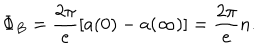
\Phi _ { B } = \frac { 2 \pi } e \left[ a ( 0 ) - a ( \infty ) \right] = \frac { 2 \pi } e n .